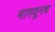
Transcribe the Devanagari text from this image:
मागवूनच